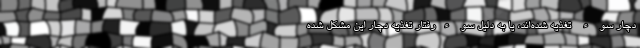
دچار سوء تغذیه شده‌‌اند، یا به دلیل سوءرفتار تغذیه دچار این مشکل شده